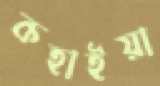
কহাইয়া